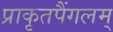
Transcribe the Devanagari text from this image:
प्राकृतपैंगलम्‌